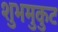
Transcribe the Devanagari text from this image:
शुभमुकुट